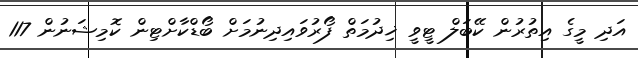
އަދި މީގެ އިތުރުން ކޭބަލް ޓީވީ ޚިދުމަތް ފޯރުވައިދިނުމަށް ބޯޑްކާށްޓިން ކޮމިޝަނުން 117